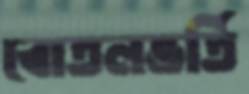
বোতলভর্তি